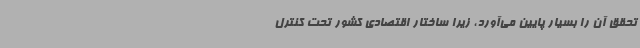
تحقق آن را بسیار پایین می‌آورد، زیرا ساختار اقتصادی کشور تحت کنترل